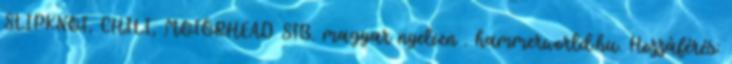
SLIPKNOT, CHILI, MOTÖRHEAD STB. magyar nyelven . hammerworld.hu. Hozzáférés: